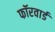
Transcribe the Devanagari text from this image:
फॉरवार्ड